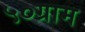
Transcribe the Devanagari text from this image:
५०ग्राम